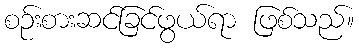
စဉ်းစားဆင်ခြင်ဖွယ်ရာ ဖြစ်သည်။